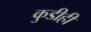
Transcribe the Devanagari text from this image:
कुडीही